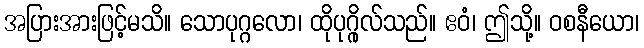
အပြားအားဖြင့်မသိ။ သောပုဂ္ဂလော၊ ထိုပုဂ္ဂိုလ်သည်။ ဧဝံ၊ ဤသို့။ ဝစနီယော၊